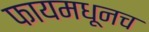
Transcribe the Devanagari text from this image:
फायमधूनच